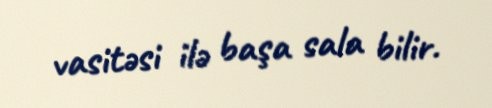
vasitəsi ilə başa sala bilir.